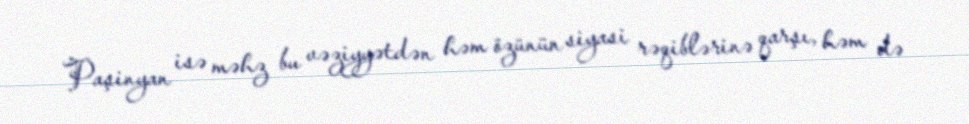
Paşinyan isə məhz bu vəziyyətdən həm özünün siyasi rəqiblərinə qarşı, həm də